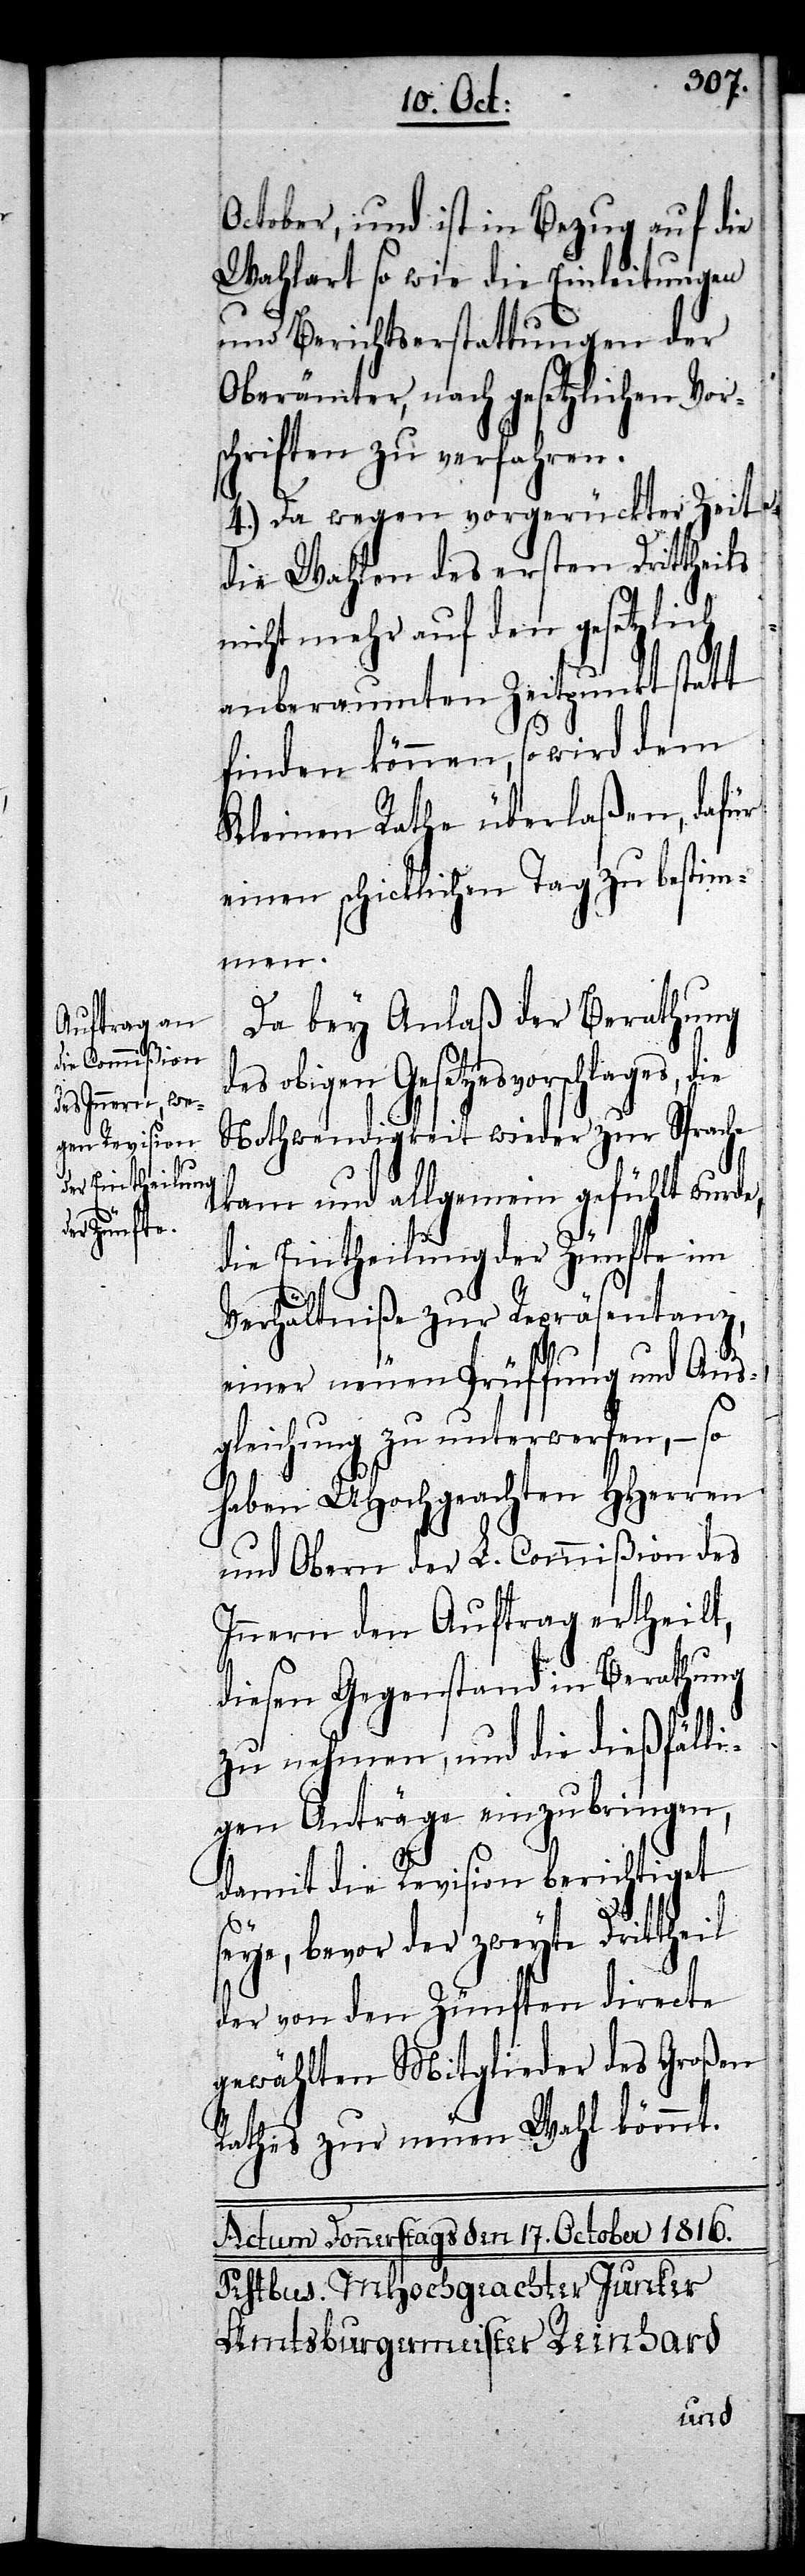
October, und ist in Bezug auf die
Wahlart so wie die Einleitungen
und Berichtserstattungen der
Oberämter, nach gesetzlichen Vors¬
chriften zu verfahren.
4.) Da wegen vorgerückter Zeit
die Wahlen des ersten Drittheils
nicht mehr auf den gesetzlich
anberaumten Zeitpunkt statt
finden können, so wird dem
Kleinen Rathe überlaßen, dafür
einen schicklichen Tag zu bestim¬
men.
Da bey Anlaß der Berathung
obigen Gesetzesvorschlages,
Nothwendigkeit wieder zur Sprache
kam und allgemein gefühlt wurde,
die Eintheilung der Zünfte im
Verhältniße zur Repräsentanz,
einer neuen Prüffung und Aus¬
gleichung zu unterwerfen, – so
haben UHochgeachten Herren
und Obern der L. Commißion des
Innern den Auftrag ertheilt,
diesen Gegenstand in Berathung
zu nehmen, und die dießfälli¬
gen Anträge einzubringen,
damit die Revision berichtiget
seye, bevor der zweyte Drittheil
der von den Zünften directe
gewählten Mitglieder des Großen
Rathes zur neuen Wahl kömmt.